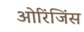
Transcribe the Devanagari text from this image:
ओरिंजिंस